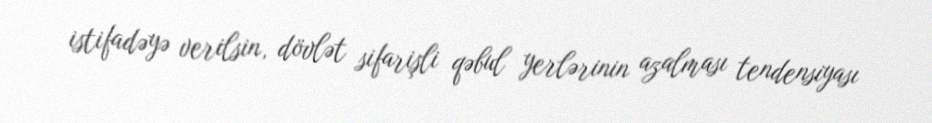
istifadəyə verilsin, dövlət sifarişli qəbul yerlərinin azalması tendensiyası